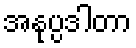
အနုပ္ပဒါတာ